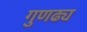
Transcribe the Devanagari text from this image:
गुणढ्य